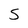
Character: S